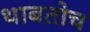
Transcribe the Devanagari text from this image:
थाबतोच